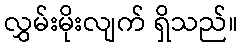
လွှမ်းမိုးလျက် ရှိသည်။